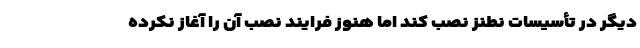
دیگر در تأسیسات نطنز نصب کند اما هنوز فرایند نصب آن را آغاز نکرده